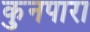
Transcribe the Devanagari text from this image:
कुनपारा